Indian journal of veterinary science and animal husbandry - Volume 5,
Year: 1935
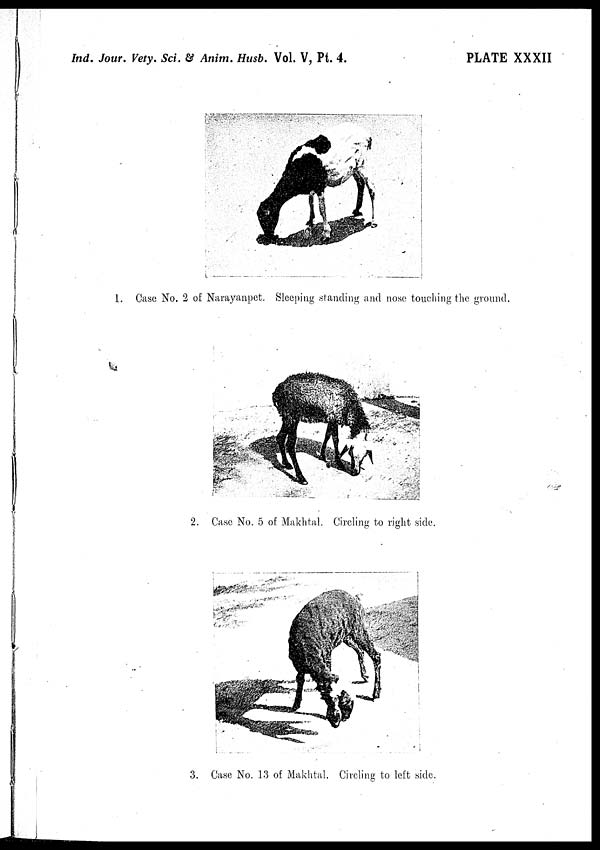
Ind. Jour. Vety. Sci. & Anim. Husb. Vol. V, Pt. 4.
PLATE XXXII
1. Case No. 2 of Narayanpet. Sleeping standing and nose touching the ground.
2. Case No. 5 of Makhtal. Circling to right side.
3. Case No. 13 of Makhtal. Circling to left side.